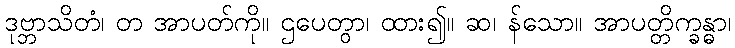
ဒုဗ္ဘာသိတံ၊ တ အာပတ်ကို။ ဌပေတွာ၊ ထား၍။ ဆ၊ န်သော။ အာပတ္တိက္ခန္ဓာ၊